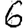
Digit: 6